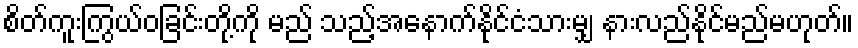
စိတ်ကူးကြွယ်ဝခြင်းတို့ကို မည် သည့်အနောက်နိုင်ငံသားမျှ နားလည်နိုင်မည်မဟုတ်။